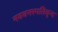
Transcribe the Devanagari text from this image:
नववनस्पतिवृन्द